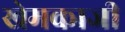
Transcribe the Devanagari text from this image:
खेमकाजी